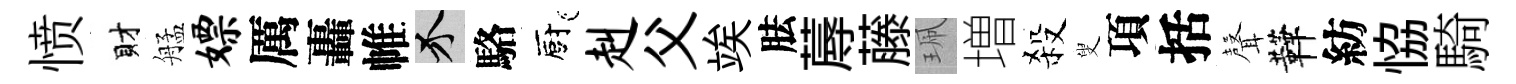
愤財艋嫖厲轟帷介駱廚赳父竢胠蓐藤珮増殺叟項括𮋻鞾紡恊騎